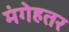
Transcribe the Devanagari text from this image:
मंगेहतर